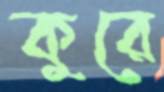
কুরে